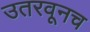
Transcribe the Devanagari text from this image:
उतरवूनच